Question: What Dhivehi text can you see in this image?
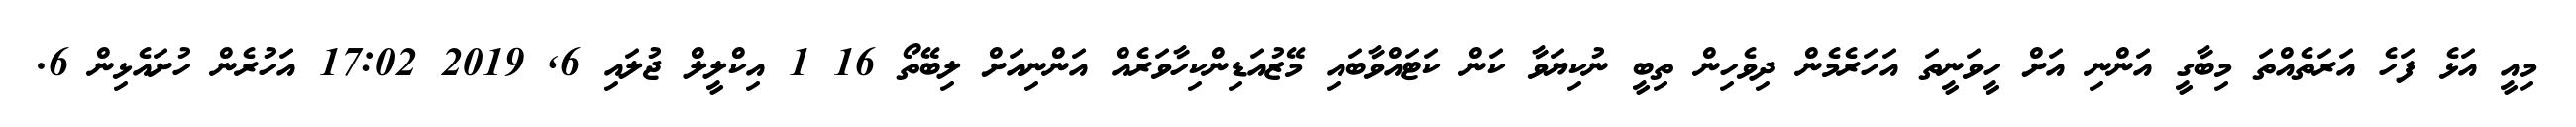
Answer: މިއީ އަޅެ ފަހެ އަރަތެއްތަ މިބާގީ އަންނި އަށް ހީވަނީތަ އަހަރެމެން ދިވެހިން ތިބީ ނުކިޔަވާ ކަން ކަޓައްވާބައި މޭޒުއަޑިންކިހާވަރެއް އަންނިއަށް ލިބޭތޯ 16 1 އިކްލީލް ޖުލައި 6, 2019 17:02 އަހުރެން ހުށައެޅިން 6.